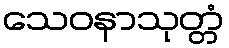
သေဝနာသုတ္တံ